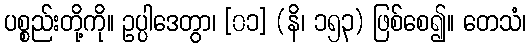
ပစ္စည်းတို့ကို။ ဥပ္ပါဒေတွာ၊ [၀၁] (နိ၊ ၁၅၃) ဖြစ်စေ၍။ တေသံ၊